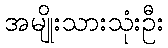
အမျိုးသားသုံးဦး